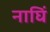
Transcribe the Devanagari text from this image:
नाघिं